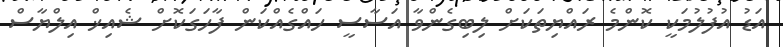
އަޑު އުފުލުމަކީ ކޮންމެ ރައްޔިތަކަށް ލިބިގެންވާ އަސާސީ ހައްގެއްކަން ފާހަގަކޮށް ޝެއިޚް އިލްޔާސް